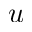
u